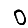
Digit: 0